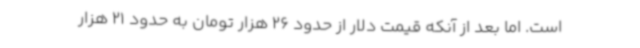
است. اما بعد از آنکه قیمت دلار از حدود 26 هزار تومان به حدود 21 هزار